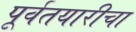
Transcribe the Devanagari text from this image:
पूर्वतयारीचा